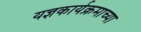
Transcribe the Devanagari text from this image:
यज्ञकार्यक्रमाच्या